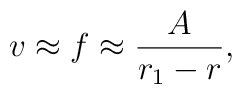
v \approx f \approx \frac{A}{r_1 - r},